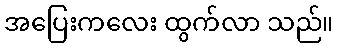
အပြေးကလေး ထွက်လာ သည်။